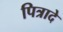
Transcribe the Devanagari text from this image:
पित्रादे